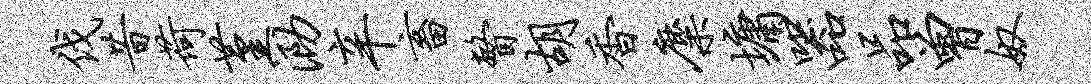
伐昔荷堇泐辛畜瞥胡香麋墉器品曾奴